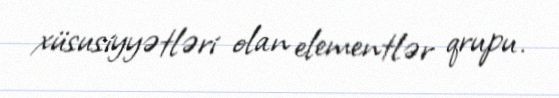
xüsusiyyətləri olan elementlər qrupu.